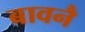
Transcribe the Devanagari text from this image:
बावनै